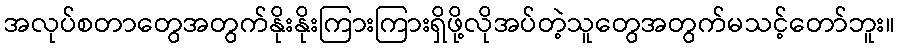
အလုပ်စတာတွေအတွက်နိုးနိုးကြားကြားရှိဖို့လိုအပ်တဲ့သူတွေအတွက်မသင့်တော်ဘူး။